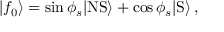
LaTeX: | f _ { 0 } \rangle = \sin \phi _ { s } | \mathrm { N S } \rangle + \cos \phi _ { s } | \mathrm { S } \rangle \, ,